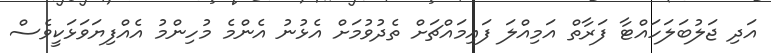
އަދި ޖަލުބަލަހައްޓާ ފަރާތް އަމިއްލަ ފައިމައްޗަށް ތެދުވުމަށް އެޅުނު އެންމެ މުހިންމު އެއްފިޔަވަޅަކީވެސް